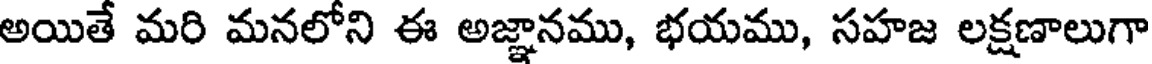
అయితే మరి మనలోని ఈ అజ్ఞానము, భయము, సహజ లక్షణాలుగా